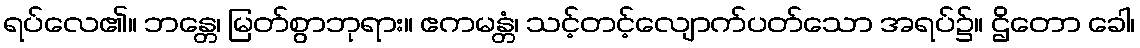
ရပ်လေ၏။ ဘန္တေ၊ မြတ်စွာဘုရား။ ဧကမန္တံ၊ သင့်တင့်လျောက်ပတ်သော အရပ်၌။ ဌိတော ခေါ၊